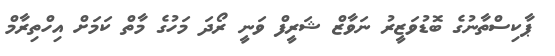
ޕާކިސްތާނުގެ ބޮޑުވަޒީރު ނަވާޒް ޝަރީފް ވަނީ ރޯދަ މަހުގެ މާތް ކަމަށް އިހްތިރާމް